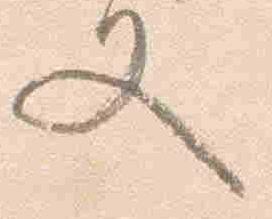
又